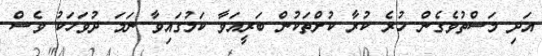
އަދި މަސްތުވެގެން ހުރެ ކުރާ ކުށްތަކުން ބަރީއަވާ ކަމުގައިވާ ނަމަ ދުވަހަކު ވެސް